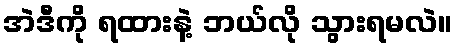
အဲဒီကို ရထားနဲ့ ဘယ်လို သွားရမလဲ။